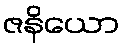
ဇနိယော